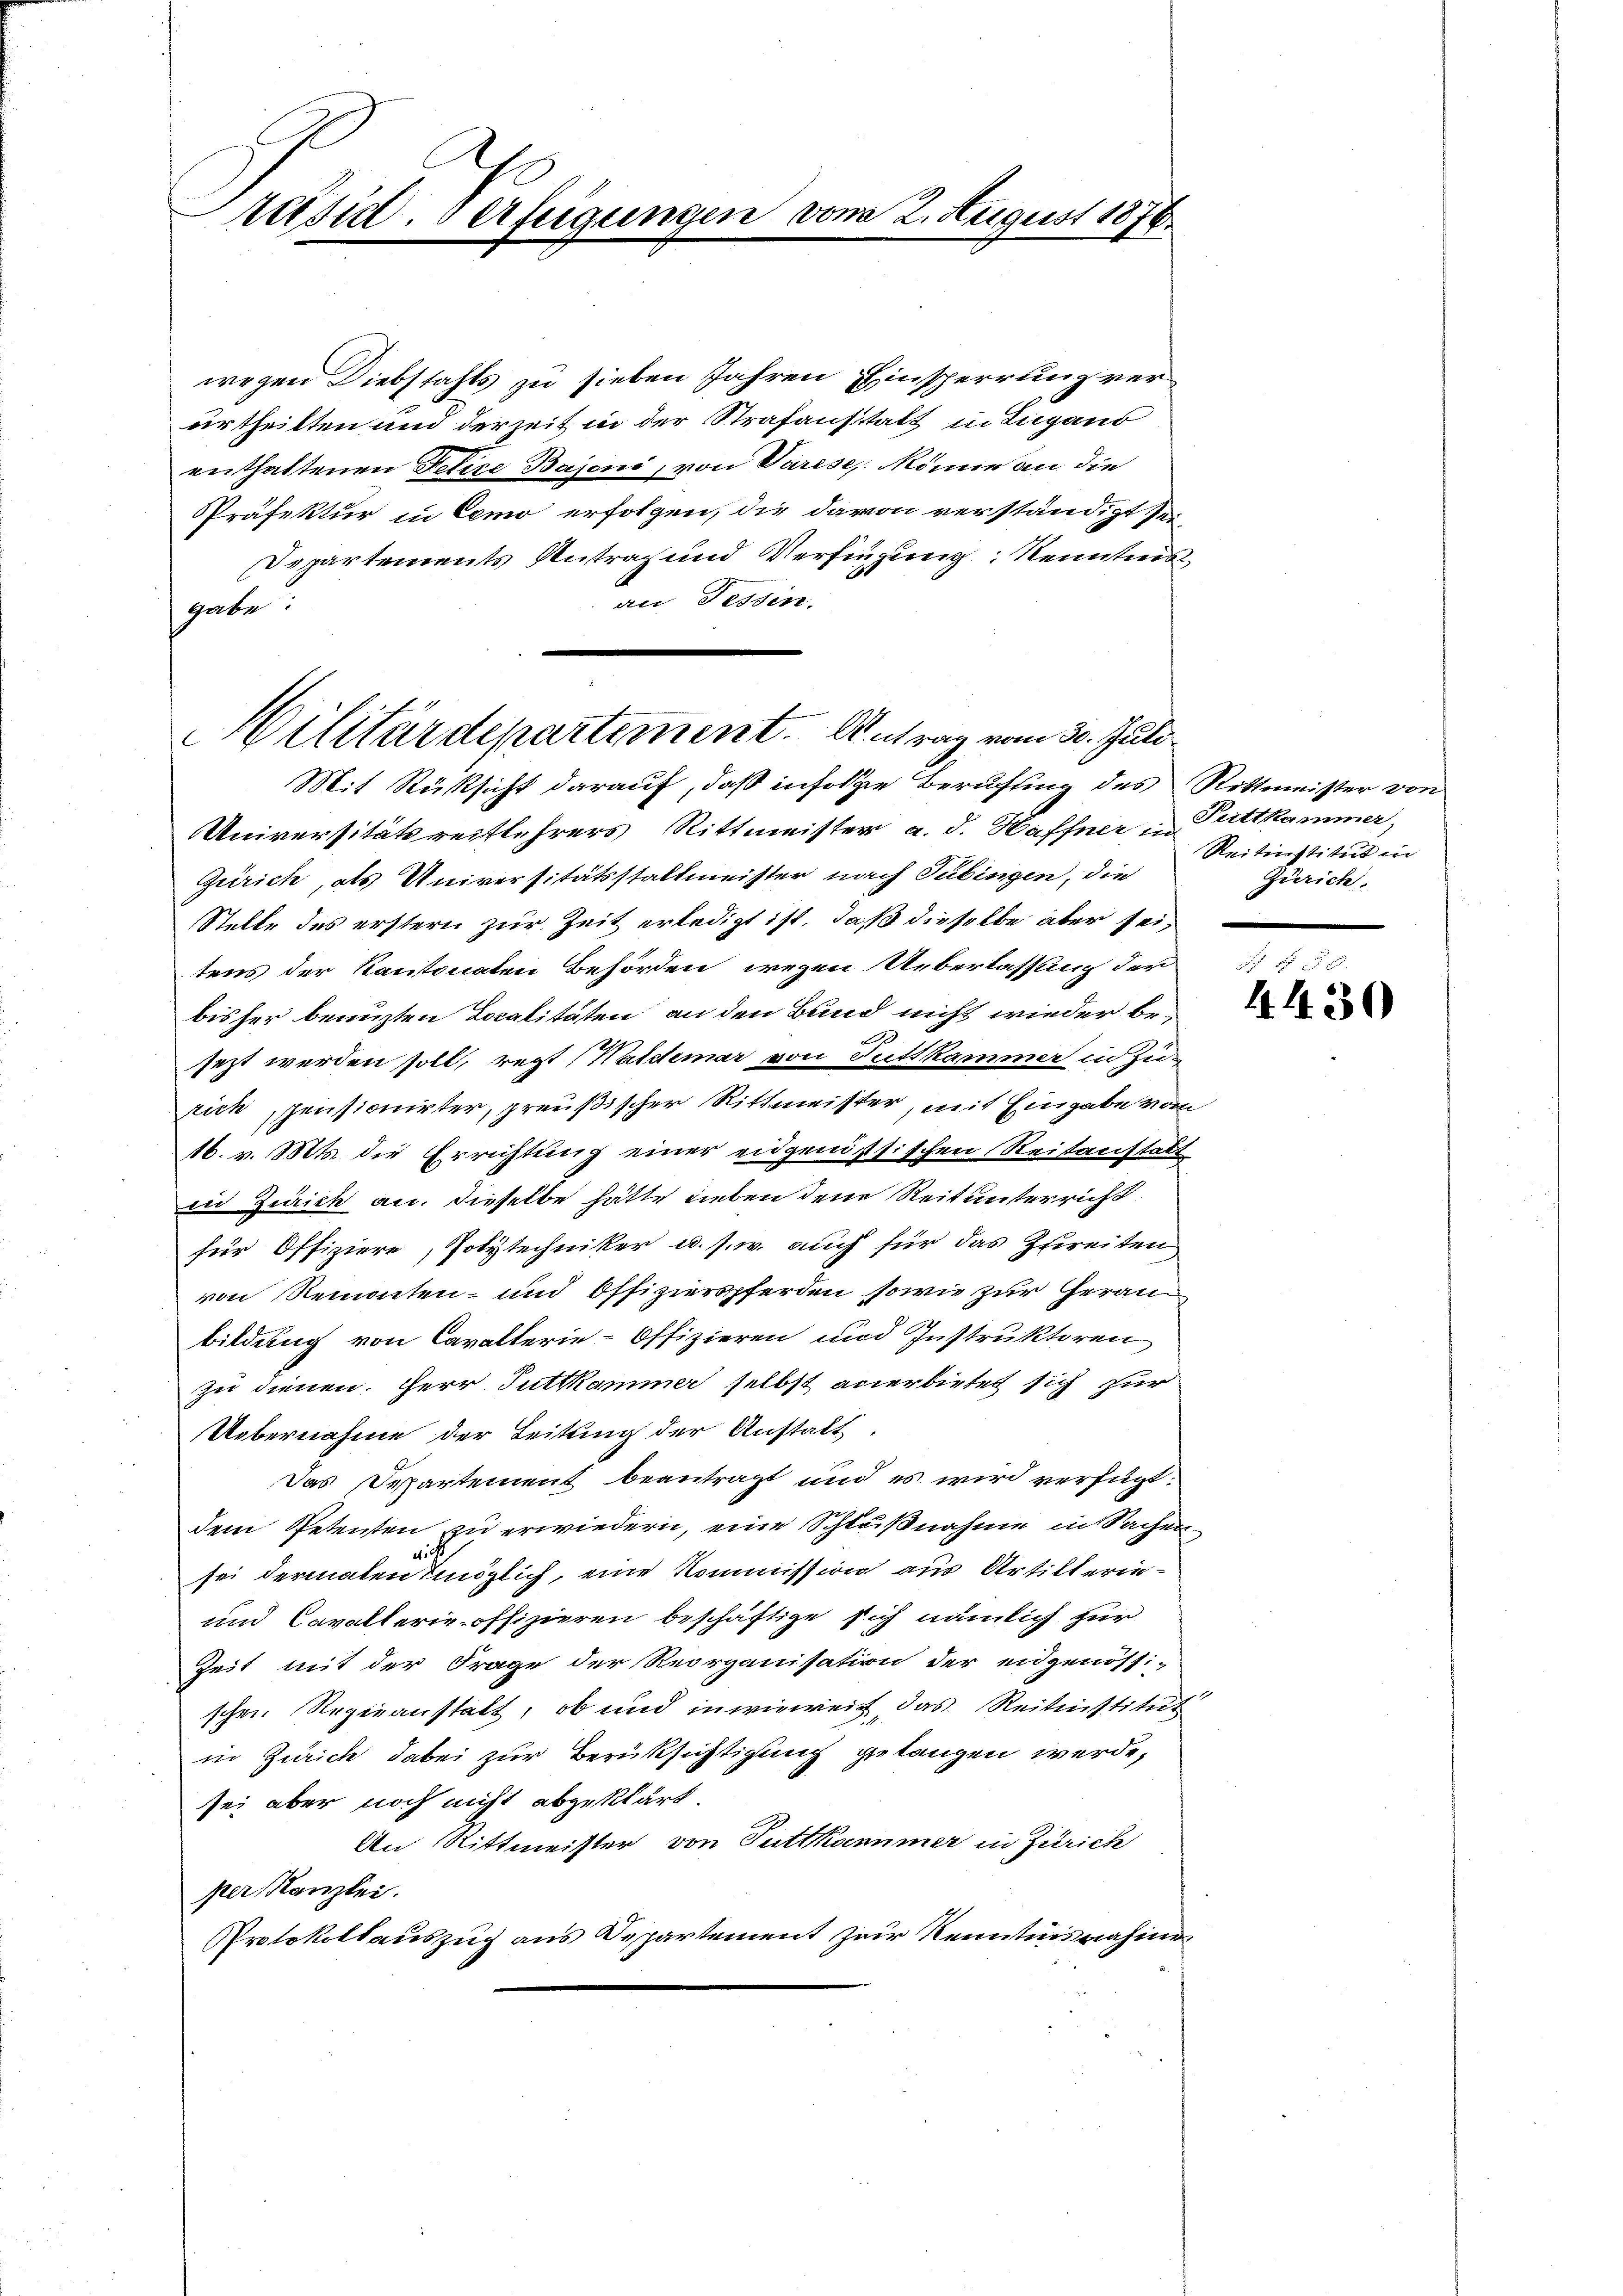
räsid. verfeigungen

wegen Diebstahls zu sieben Jahren Einsperrung verurtheilten und derzeit in der Strafanstalt in Lugand
enthaltenen Felixe Bajoni, von Varese, könne an die
Präfektur in Como erfolgen, die davon verständigt sei,
Departements Antrag und Verfügung Kenntnis
an Fessen.
gabe
Militärdepartement. Antrag vom 30. Juli

wa 2. August 1876.

Mit Rüksicht darauf, daß infolge Berufling des Rittmeister von
Universitätsreitlehrers Rittmeister a. d. Haffner in
Zürich, als Universitätsstallmeister nach Tübingen, die
Stelle des erstern zur Zeit erledigt ist, daß dieselbe aber sei,
tens der Kantonaten Behörden wegen Ueberlassung der
bisher benuzten Localitäten an den Band nicht wieder be¬
A
sezt werden soll, regt (Waldemar von Tuttkammer in Zurich pensionirter, preußischer Rittmeister, mit Eingabe vom
16. v. Mts. die Errichtung einer eidgenössischen Reitanstalt
in Zürich an. Dieselbe hätte Lieben dene Reitunterricht
für Offiziere, Polytechniker u. s. w. auch für das Zureiten
von Remonten- und Offizierspferden sowie zur Geran
bildung von Cavalterie-Offizieren und Instruktoren
zu dienen. Herr Tuttkammer selbst anerbietet sich zur
Uebernahme der Leitung der Anstalt
Das Departement beantragt und es wird verfügt:
dem Petenten zu erwiedern, eine Schlußnahme in Sachen
es. S.
sei dermaten möglich, eine Kommission aus Artilterin¬
und Cavallerie offizieren beschäftige sich nämlich zur
Zeit mit der Frage der Reorganisation der eidgenössi-
schen Regieanstatt, ob und inwieweit, das Reitnistitut
in Zürich dabei zur Berücksichtigung gelangen werde,
sei aber noch nicht abzuklärt.
An Rittmeister von Tuttkammer in Zürich
per Kanzlei.
Protokollauszug aus Departement zur Kenntnisnahmes

Puttkammer,
Reitinstitut in
Zürich.

x
4430